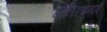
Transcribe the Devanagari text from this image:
गीतिरचनाएँ